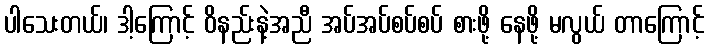
ပါသေးတယ်၊ ဒါ့ကြောင့် ဝိနည်းနဲ့အညီ အပ်အပ်စပ်စပ် စားဖို့ နေဖို့ မလွယ် တာကြောင့်